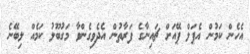
އެހެން ކަމުން އެޕަލް ޕޭއަށް ޗައިނާގެ ފަރާތުން އެދެވިގެންވާ މަގުބޫލު ކަމެއް ލިބޭނެ